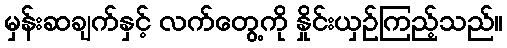
မှန်းဆချက်နှင့် လက်တွေ့ကို နှိုင်းယှဉ်ကြည့်သည်။